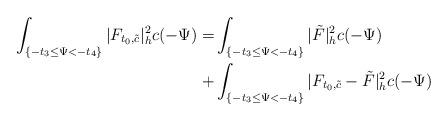
LaTeX: \begin{align*}\int_{ \{-t_3\le \Psi<-t_4\}}|F_{t_0,\tilde{c}}|^2_hc(-\Psi)=&\int_{ \{-t_3\le \Psi<-t_4\}}|\tilde{F}|^2_hc(-\Psi)\\+&\int_{\{-t_3\le \Psi<-t_4\}}|F_{t_0,\tilde{c}}-\tilde{F}|^2_hc(-\Psi)\end{align*}